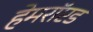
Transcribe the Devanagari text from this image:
हेमरॉएड